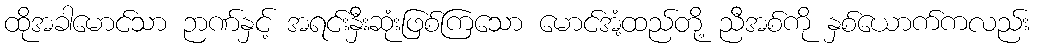
ထိုအခါမောင်သာ ဉာဏ်နှင့် အရင်းနှီးဆုံးဖြစ်ကြသော မောင်အံ့ထည်တို့ ညီအစ်ကို နှစ်ယောက်ကလည်း